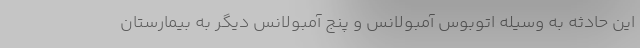
این حادثه به وسیله اتوبوس آمبولانس و پنج آمبولانس دیگر به بیمارستان